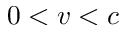
0 < v < c